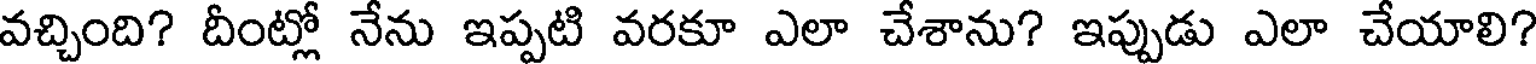
వచ్చింది? దీంట్లో నేను ఇప్పటి వరకూ ఎలా చేశాను? ఇప్పుడు ఎలా చేయాలి?